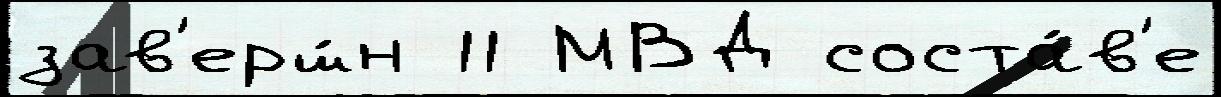
зав'ерш́н 11 МВД соста́в'е